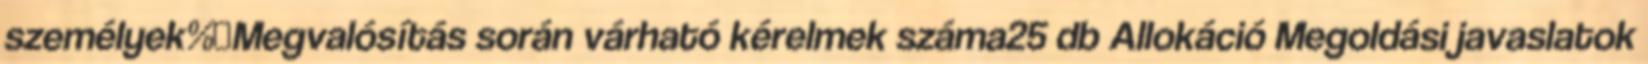
személyek%▪Megvalósítás során várható kérelmek száma25 db Allokáció Megoldási javaslatok